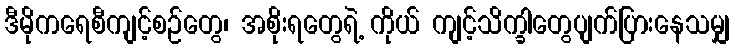
ဒီမိုကရေစီကျင့်စဉ်တွေ၊ အစိုးရတွေရဲ့ ကိုယ် ကျင့်သိက္ခါတွေပျက်ပြားနေသမျှ